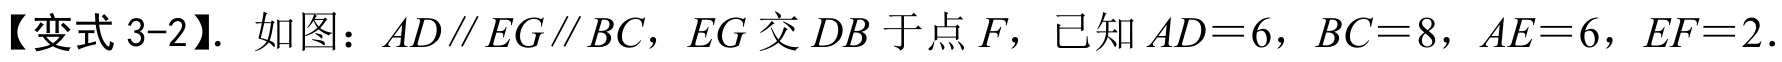
【变式 3-2】. 如图：\(AD\parallel EG\parallel BC\)，\(EG\)交 \(DB\)于点 \(F\)，已知 \(AD = 6\)，\(BC = 8\)，\(AE = 6\)，\(EF = 2\).